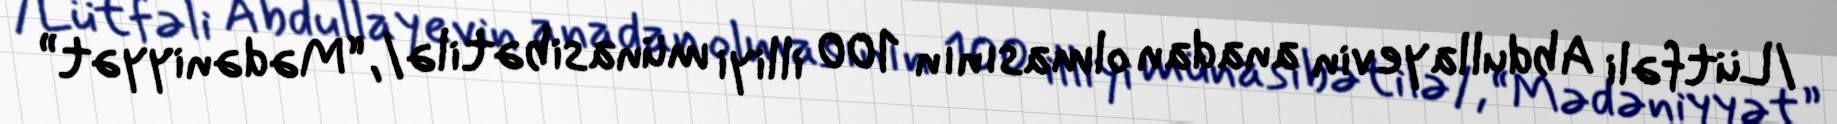
/Lütfəli Abdullayevin anadan olmasının 100 illiyi münasibətilə/, “Mədəniyyət”